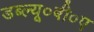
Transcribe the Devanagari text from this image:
डब्ल्यू०बी०ए